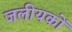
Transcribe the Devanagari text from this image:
जलीयकों